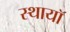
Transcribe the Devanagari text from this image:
स्थायॉ